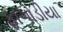
ફાગોડીયા